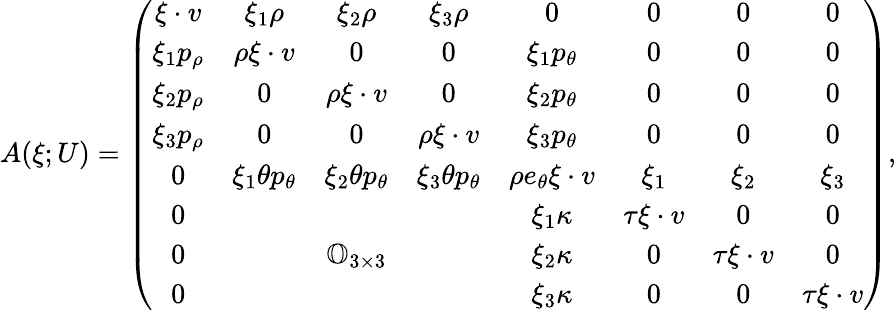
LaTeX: \begin{array}{r}{A(\xi;U)=\left(\begin{array}{cccccccc}{\xi\cdot v}&{\xi_{1}\rho}&{\xi_{2}\rho}&{\xi_{3}\rho}&{0}&{0}&{0}&{0}\\ {\xi_{1}p_{\rho}}&{\rho\xi\cdot v}&{0}&{0}&{\xi_{1}p_{\theta}}&{0}&{0}&{0}\\ {\xi_{2}p_{\rho}}&{0}&{\rho\xi\cdot v}&{0}&{\xi_{2}p_{\theta}}&{0}&{0}&{0}\\ {\xi_{3}p_{\rho}}&{0}&{0}&{\rho\xi\cdot v}&{\xi_{3}p_{\theta}}&{0}&{0}&{0}\\ {0}&{\xi_{1}\theta p_{\theta}}&{\xi_{2}\theta p_{\theta}}&{\xi_{3}\theta p_{\theta}}&{\rho e_{\theta}\xi\cdot v}&{\xi_{1}}&{\xi_{2}}&{\xi_{3}}\\ {0}&&&&{\xi_{1}\kappa}&{\tau\xi\cdot v}&{0}&{0}\\ {0}&&{\mathbb{O}_{3\times 3}}&&{\xi_{2}\kappa}&{0}&{\tau\xi\cdot v}&{0}\\ {0}&&&&{\xi_{3}\kappa}&{0}&{0}&{\tau\xi\cdot v}\end{array}\right),}\end{array}